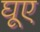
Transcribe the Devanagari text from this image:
घूए